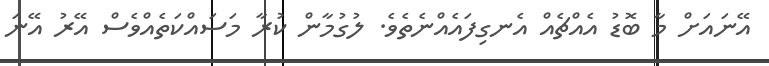
އޭނައަށް މާ ބޮޑު އެއްޗެއް އެނގިފައެއްނެތެވެ. ލުގުމާން ކުރާ މަސައްކަތެއްވެސް އޭރު އޭނަ